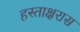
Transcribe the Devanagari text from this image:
हस्ताक्षरास